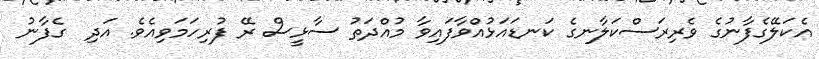
އެކަލޭގެފާނުގެ ވެރިރަސްކަލާނގެ ކަނޑައަޅުއްވާފައިވާ މުއްދަތު ސާޅީސް ރޭ ފުރިހަމަވިއެވެ. އަދި  ގެފާނު